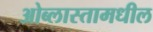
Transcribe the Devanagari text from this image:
ओब्लास्तामधील